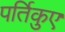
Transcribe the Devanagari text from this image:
पर्तिकुए